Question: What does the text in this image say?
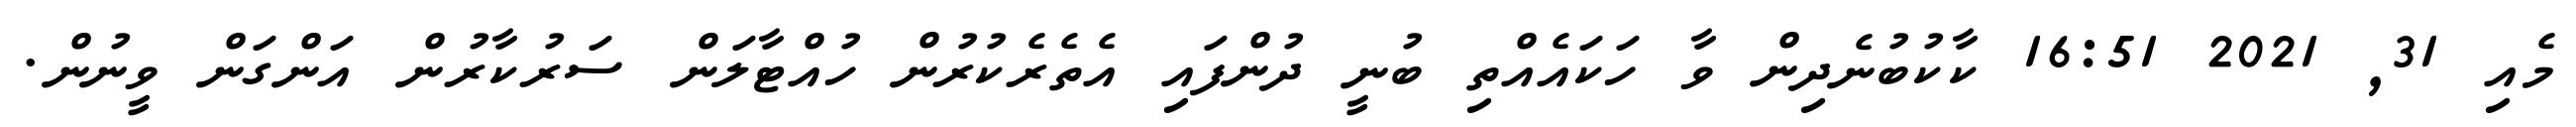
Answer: މެއި 31, 2021 16:51 ކާކުބުނެދިން ވާ ހަކައެއްތި ބުނީ ދުންފައި އެތެރެކުރުން ހުއްޓާލަން ސަރުކާރުން އަންގަން ވީނުން.